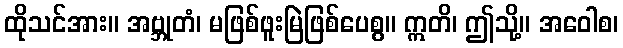
ထိုသင်အား။ အဗ္ဘုတံ၊ မဖြစ်ဖူးမြဲဖြစ်ပေစွ။ ဣတိ၊ ဤသို့။ အဝေါစ၊